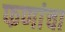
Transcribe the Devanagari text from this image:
फणांचा